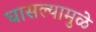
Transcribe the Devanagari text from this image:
घासल्यामुळे